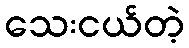
သေးငယ်တဲ့